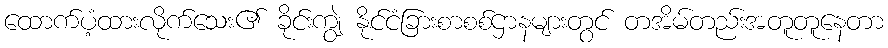
ထောက်ပံ့ထားလိုက်သေး၏ ခိုင်းကျွဲ နိုင်ငံခြားစာစစ်ဌာနများတွင် တအိမ်တည်းအတူတူနေတာ